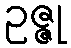
ဥဇ္ဇု